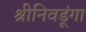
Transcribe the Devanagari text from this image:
श्रीनिवडूंगा